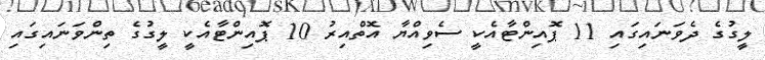
ލީގުގެ ދެވަނައިގައި 11 ޕޮއިންޓާއެކީ ސެވިއްޔާ އޮތްއިރު 10 ޕޮއިންޓާއެކީ ލީގުގެ ތިންވަނައިގައި